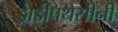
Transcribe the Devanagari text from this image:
ड्राईपिथेसीनी